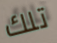
تلك